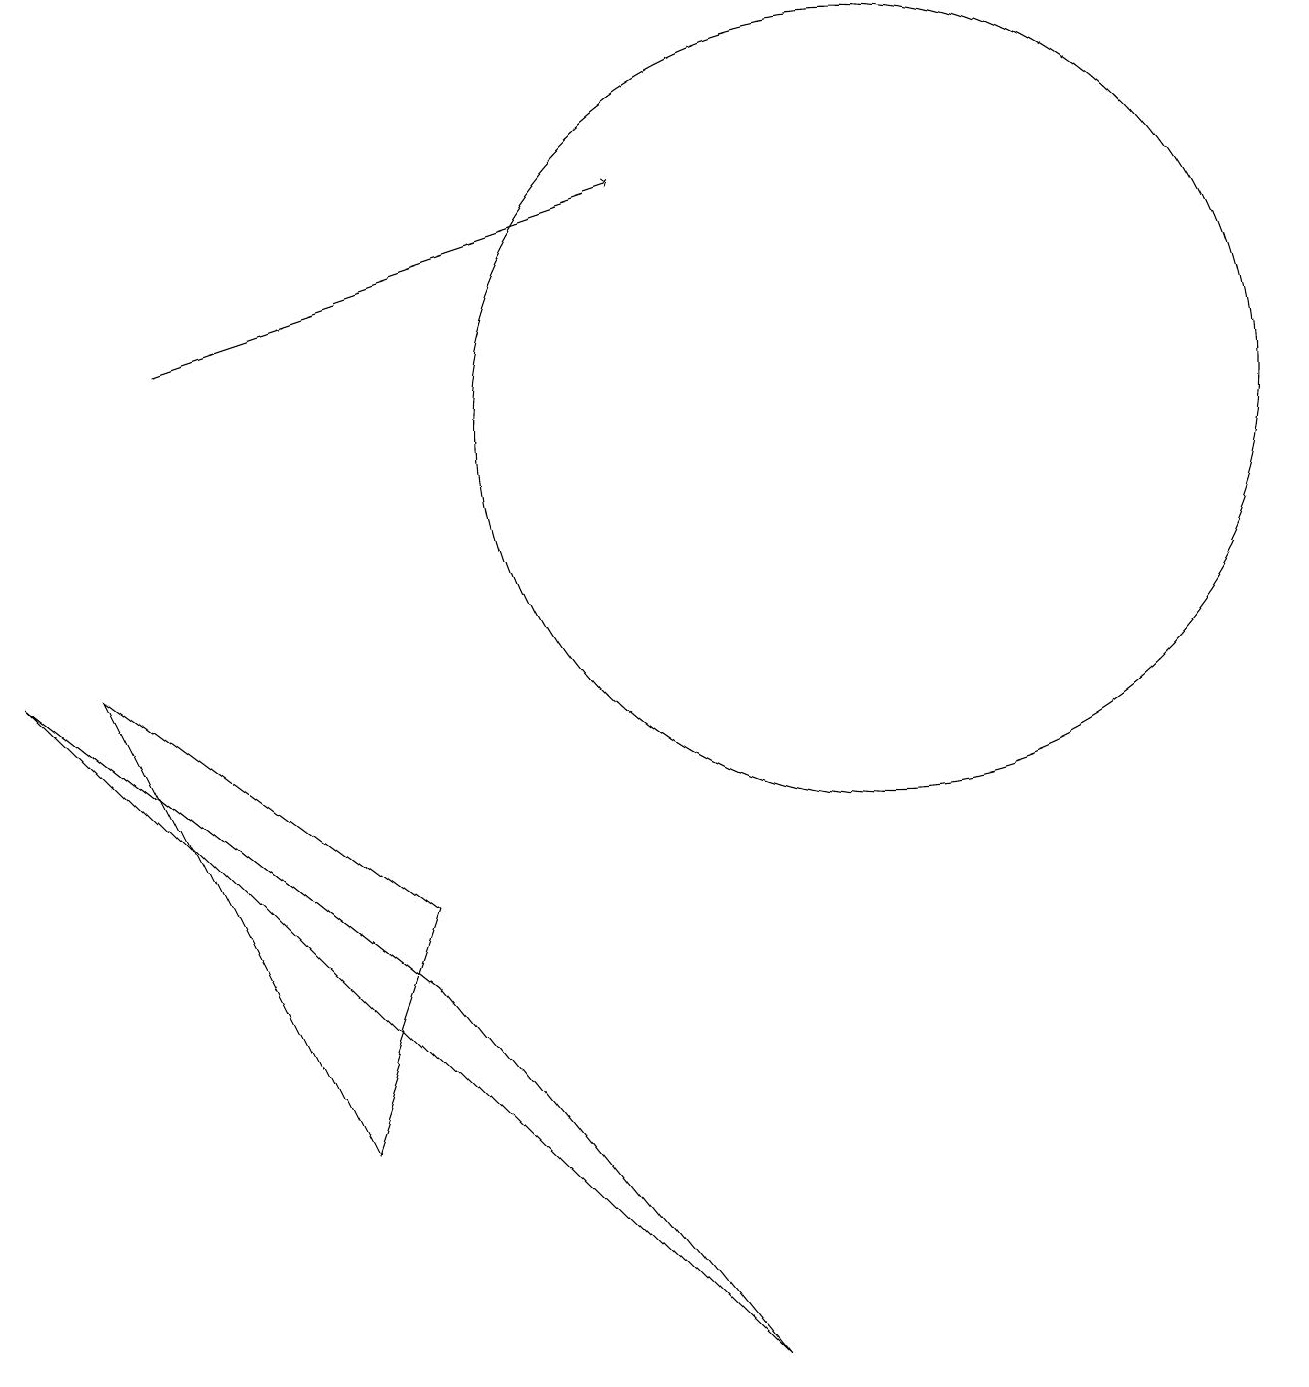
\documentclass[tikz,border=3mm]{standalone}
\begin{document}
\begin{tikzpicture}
\draw (11,12) circle (5);
\draw (0,9) -- (5,5) -- (9,0) -- cycle;
\draw[->] (2,13) -- (8,15);
\draw (1,9) -- (4,3) -- (5,6) -- cycle;
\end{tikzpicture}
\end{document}